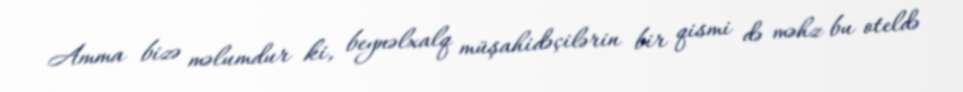
Amma bizə məlumdur ki, beynəlxalq müşahidəçilərin bir qismi də məhz bu oteldə